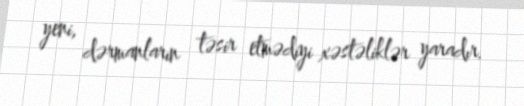
yeni, dərmanların təsir etmədiyi xəstəliklər yaradır.